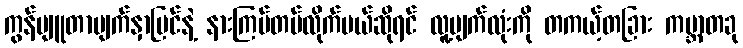
ကွန်ပျူတာမျက်နှာပြင်နဲ့ နားကြပ်တပ်လိုက်မယ်ဆိုရင် လူ့မျက်လုံးကို တကယ့်တခြား ကမ္ဘာတခု